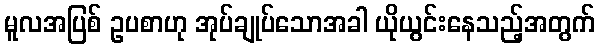
မူလအပြစ် ဥပစာဟု အုပ်ချုပ်သောအခါ ယိုယွင်းနေသည့်အတွက်